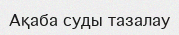
Ақаба суды тазалау